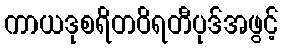
ကာယဒုစရိတဝိရတီပုဒ်အဖွင့်